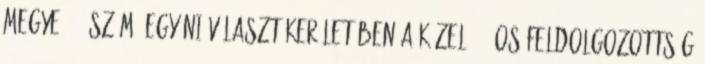
megye 03. számú egyéni választókerületében a közel 99%-os feldolgozottság